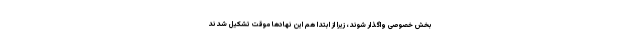
بخش خصوصی واگذار شوند، زیرا از ابتدا هم این نهادها موقت تشکیل شدند